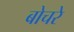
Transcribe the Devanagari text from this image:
बोचरे